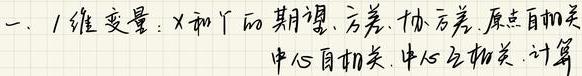
一、1维变量：$X$和$Y$的期望、方差、协方差、原点自相关、中心自相关、中心互相关、计算